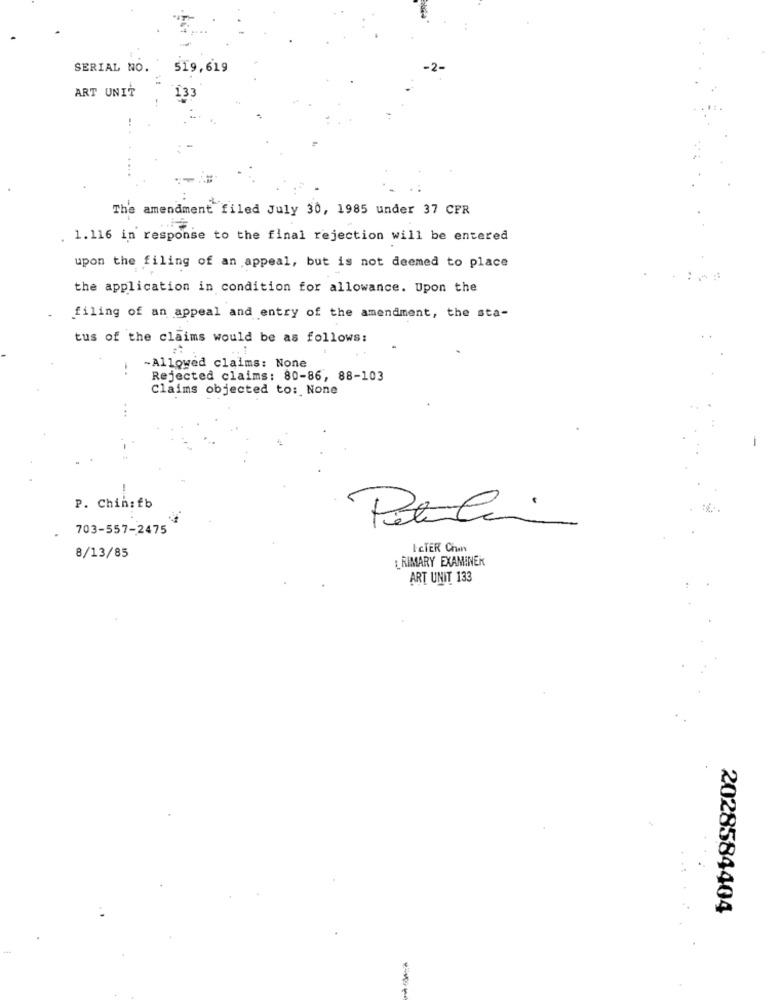
SERIAL NO.
519,619
ART UNIT
133
The amendment filed July 30, 1985 under 37 CFR
1.116 in response to the final rejection will be entered
upon the filing of an appeal, but is not deemed to place
the application in condition for allowance. Upon the
filing of an appeal and entry of the amendment, the sta-
tus of the claims would be as follows:
-Allowed claims: None
Rejected claims: 80-86, 88-103
Claims objected to: None
...
P. Chin:fb
Pelle
703-557-2475
ICTER Chan
8/13/85
LRIMARY EXAMINEK
ART UNIT 133
2028584404